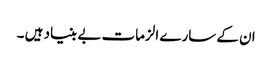
ان کے سارے الزمات بے بنیاد ہیں ۔